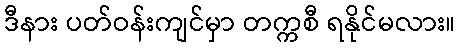
ဒီနား ပတ်ဝန်းကျင်မှာ တက္ကစီ ရနိုင်မလား။